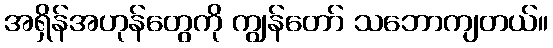
အရှိန်အဟုန်တွေကို ကျွန်တော် သဘောကျတယ်။